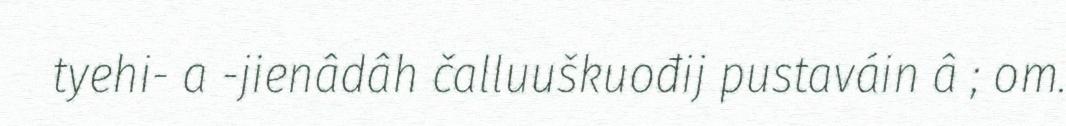
tyehi- a -jienâdâh čalluuškuođij pustaváin â ; om.